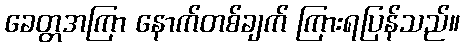
ခေတ္တအကြာ နောက်တစ်ချက် ကြားရပြန်သည်။